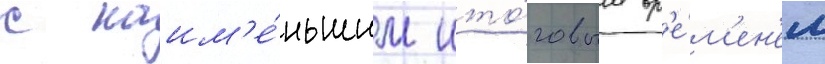
с наим'е́ньшим ито́говым вр'е́м'ен'ем